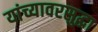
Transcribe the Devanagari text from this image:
यांच्यावरसुद्धा